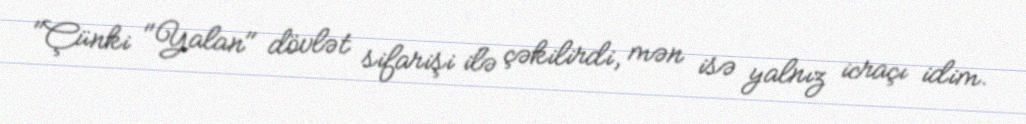
"Çünki "Yalan" dövlət sifarişi ilə çəkilirdi, mən isə yalnız icraçı idim.